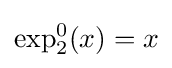
\exp _{2}^{0}(x)=x